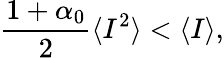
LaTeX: \frac{1+\alpha_{0}}{2}\langle I^{2}\rangle<\langle I\rangle,